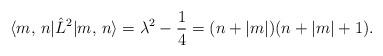
LaTeX: \begin{align*} \langle m,\, n | \hat{L}^2 | m,\, n \rangle = \lambda^2 - \frac 14 = (n + |m|)(n + |m| + 1).\end{align*}